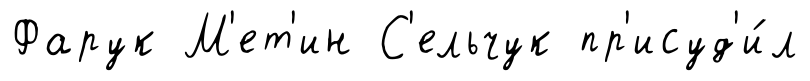
Фарук М'ет'ин С'ельчук пр'исуд'и́л